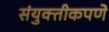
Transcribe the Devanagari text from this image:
संयुक्तीकपणे